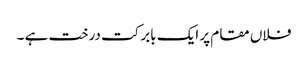
فلاں مقام پر ایک بابرکت درخت ہے ۔